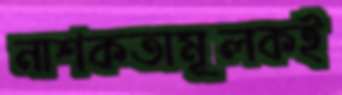
নাশকতামূলকই